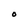
Character: O